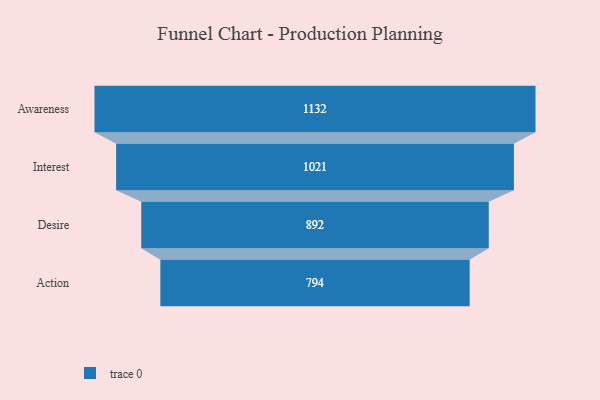
{"axis": {"x": "Stage", "y": "Value"}, "legend": [""], "data": [{"x": "Awareness", "y": 1132.0, "type": ""}, {"x": "Interest", "y": 1021.0, "type": ""}, {"x": "Desire", "y": 892.0, "type": ""}, {"x": "Action", "y": 794.0, "type": ""}]}